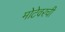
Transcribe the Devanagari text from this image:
मोटेवरची